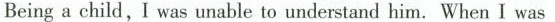
Being a child, I was uable to udenstand him. When I was